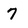
Character: 7